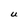
Character: U